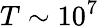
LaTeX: T\sim 10^{7}